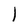
Character: l